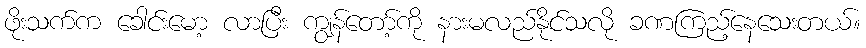
ဖိုးသက်က ခေါင်းမော့ လာပြီး ကျွန်တော့်ကို နားမလည်နိုင်သလို ခဏကြည့်နေသေးတယ်။